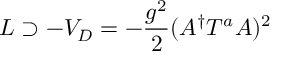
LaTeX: { \cal L } \supset - V _ { D } = - \frac { g ^ { 2 } } { 2 } ( A ^ { \dagger } T ^ { a } A ) ^ { 2 }